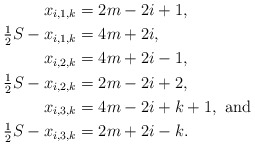
\begin{align*}x_{i,1,k} &= 2m-2i+1, \\\tfrac{1}{2} S -x_{i,1,k} &= 4m+2i, \\x_{i,2,k} &= 4m+2i-1, \\\tfrac{1}{2} S - x_{i,2,k} &= 2m-2i+2, \\x_{i,3,k} &= 4m-2i+k+1, \mbox{ and } \\\tfrac{1}{2} S - x_{i,3,k} &= 2m+2i-k. \end{align*}